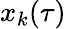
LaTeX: x_{k}(\tau)